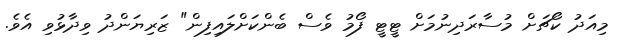
މިއަދު ކޯޗަށް މުސާރަދިނުމަށް ޓީޓީ ފޯމު ވެސް ބެންކަށްލައިފިން" ޒަރިޔަންދު ވިދާޅުވި އެވެ.